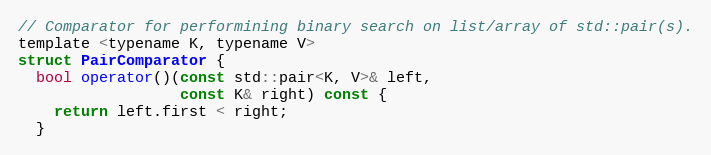
Language: C
// Comparator for performining binary search on list/array of std::pair(s).
template <typename K, typename V>
struct PairComparator {
  bool operator()(const std::pair<K, V>& left,
                  const K& right) const {
    return left.first < right;
  }